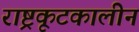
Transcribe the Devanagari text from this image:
राष्ट्रकूटकालीन